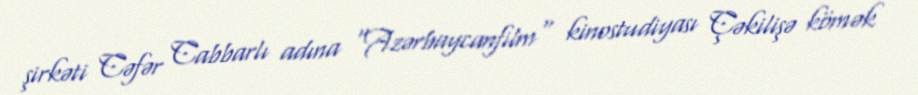
şirkəti Cəfər Cabbarlı adına "Azərbaycanfilm" kinostudiyası Çəkilişə kömək